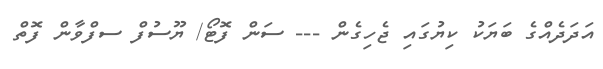
އަދަދެއްގެ ބަޔަކު ކިޔުގައި ޖެހިގެން --- ސަން ފޮޓޯ/ ޔޫސުފް ސފްވާން ފޮތް